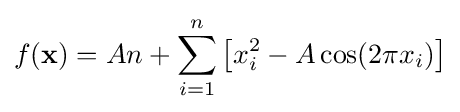
f(\mathbf {x} )=An+\sum _{i=1}^{n}\left[x_{i}^{2}-A\cos(2\pi x_{i})\right]